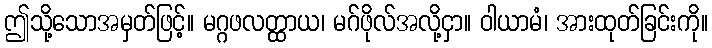
ဤသို့သောအမှတ်ဖြင့်။ မဂ္ဂဖလတ္ထာယ၊ မဂ်ဖိုလ်အလို့ငှာ။ ဝါယာမံ၊ အားထုတ်ခြင်းကို။